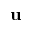
\textbf { u }